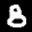
Label: 8